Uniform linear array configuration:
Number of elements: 48
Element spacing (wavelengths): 0.5
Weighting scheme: hamming
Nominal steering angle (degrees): -15
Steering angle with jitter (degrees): -14.699
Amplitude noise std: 0.05
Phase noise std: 0.05

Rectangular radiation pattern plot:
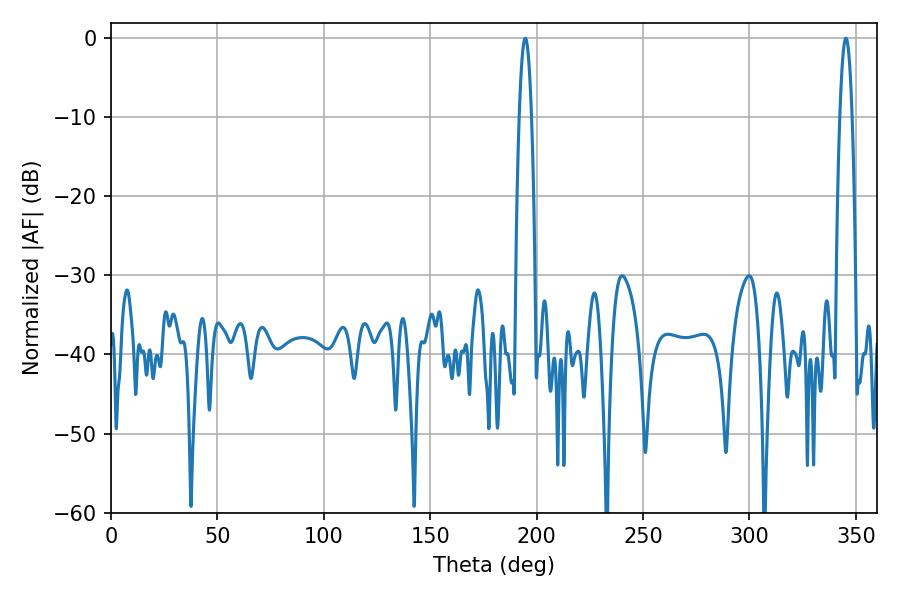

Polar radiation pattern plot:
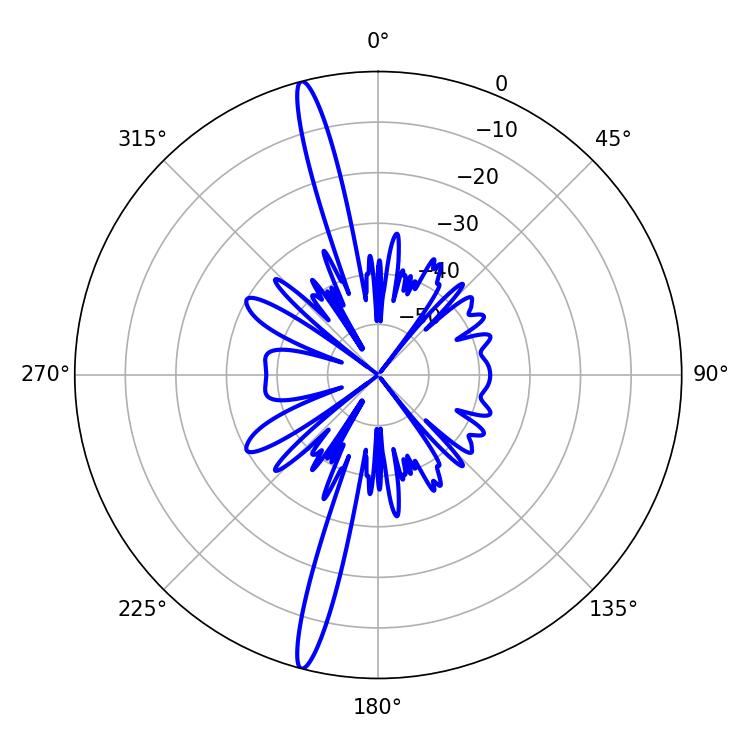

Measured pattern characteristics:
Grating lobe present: FALSE
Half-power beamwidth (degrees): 3.06
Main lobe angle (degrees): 194.58